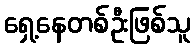
ရှေ့နေတစ်ဦးဖြစ်သူ